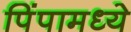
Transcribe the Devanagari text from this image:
पिंपामध्ये